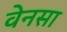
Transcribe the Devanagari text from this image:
वेनसा